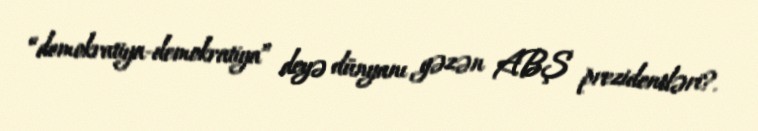
“demokratiya-demokratiya” deyə dünyanı gəzən ABŞ prezidentləri?.